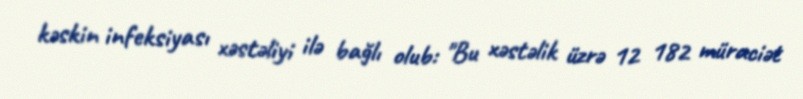
kəskin infeksiyası xəstəliyi ilə bağlı olub: "Bu xəstəlik üzrə 12 182 müraciət